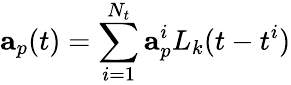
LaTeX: \mathbf{a}_{p}(t)=\sum_{i=1}^{N_{t}}\mathbf{a}_{p}^{i}L_{k}(t-t^{i})